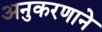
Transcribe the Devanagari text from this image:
अनुकरणाने